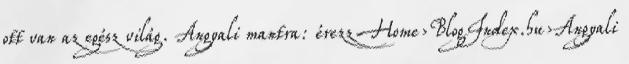
ott van az egész világ. Angyali mantra: érezz Home›BlogIndex.hu›Angyali